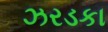
ઝરડકા